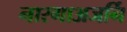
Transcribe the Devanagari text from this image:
नारगाअजर्नि